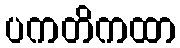
ပကတိကထာ